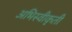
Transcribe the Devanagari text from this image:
अभिस्वीकृती